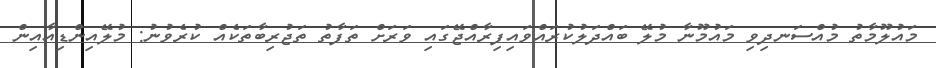
މައުލޫމާތު މުއްސަނދިވި މައުމޫނާ މުލޭ ބައްދަލުކުރައްވައިފިރާއްޖޭގައި ވަރަށް ތަފާތު ތަޖުރިބާތަކެއް ކުރެވުނު: މުލޭއިންޑިއާއިން